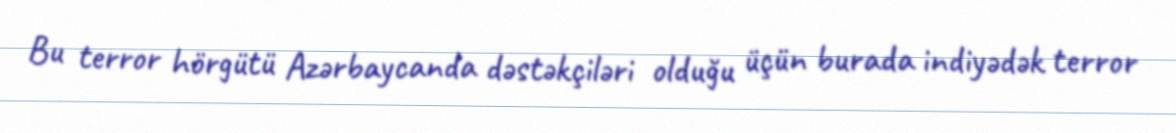
Bu terror hörgütü Azərbaycanda dəstəkçiləri olduğu üçün burada indiyədək terror